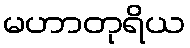
မဟာတုရိယ